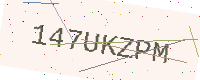
Text: 147UKZPM